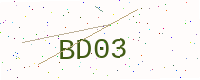
Text: BD03